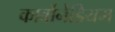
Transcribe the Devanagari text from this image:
कार्बोनेडियम